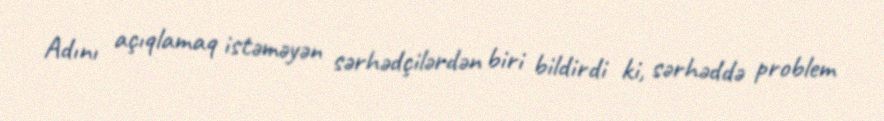
Adını açıqlamaq istəməyən sərhədçilərdən biri bildirdi ki, sərhəddə problem